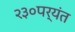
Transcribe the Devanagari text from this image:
२३०पर्यंत